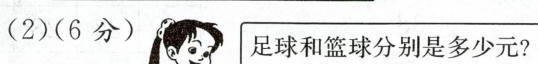
(2)(6分) 足球和篮球分别是多少元?